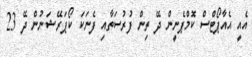
އެއީ އެއާޕޯޓްސް ކޮމްޕެނީން ދޭ ތިން ފުރުސަތާއި ފެނަކަ ކޯޕަރޭޝަނުން ދޭ 23